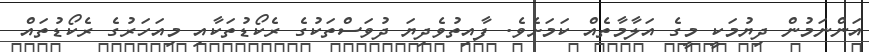
އަންނަމުން ދިޔުމަކީ މީގެ އަލާމާތެއް ކަމަށެވެ. ފާއިތުވެދިޔަ ދުވަސްތަކުގެ ރެކޯޑުތަކާއި މިއަހަރުގެ ރެކޯޑުތައް